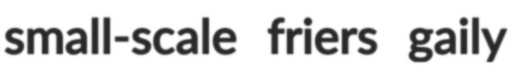
small-scale friers gaily